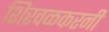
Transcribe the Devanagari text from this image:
शिरवळकरनी